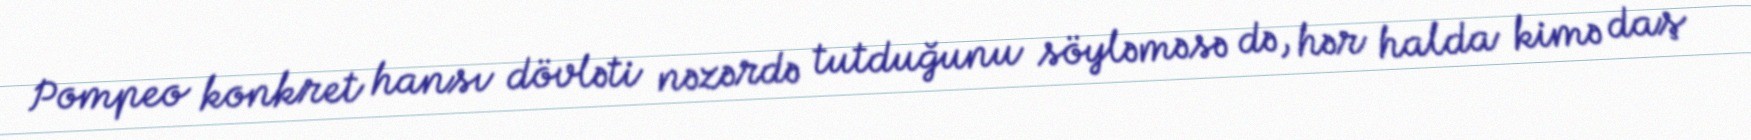
Pompeo konkret hansı dövləti nəzərdə tutduğunu söyləməsə də, hər halda kimə daş